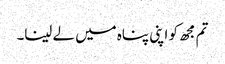
تم مجھ کو اپنی پناہ میں لے لینا۔